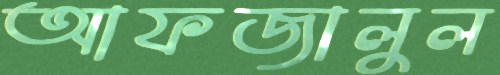
আফজালুল